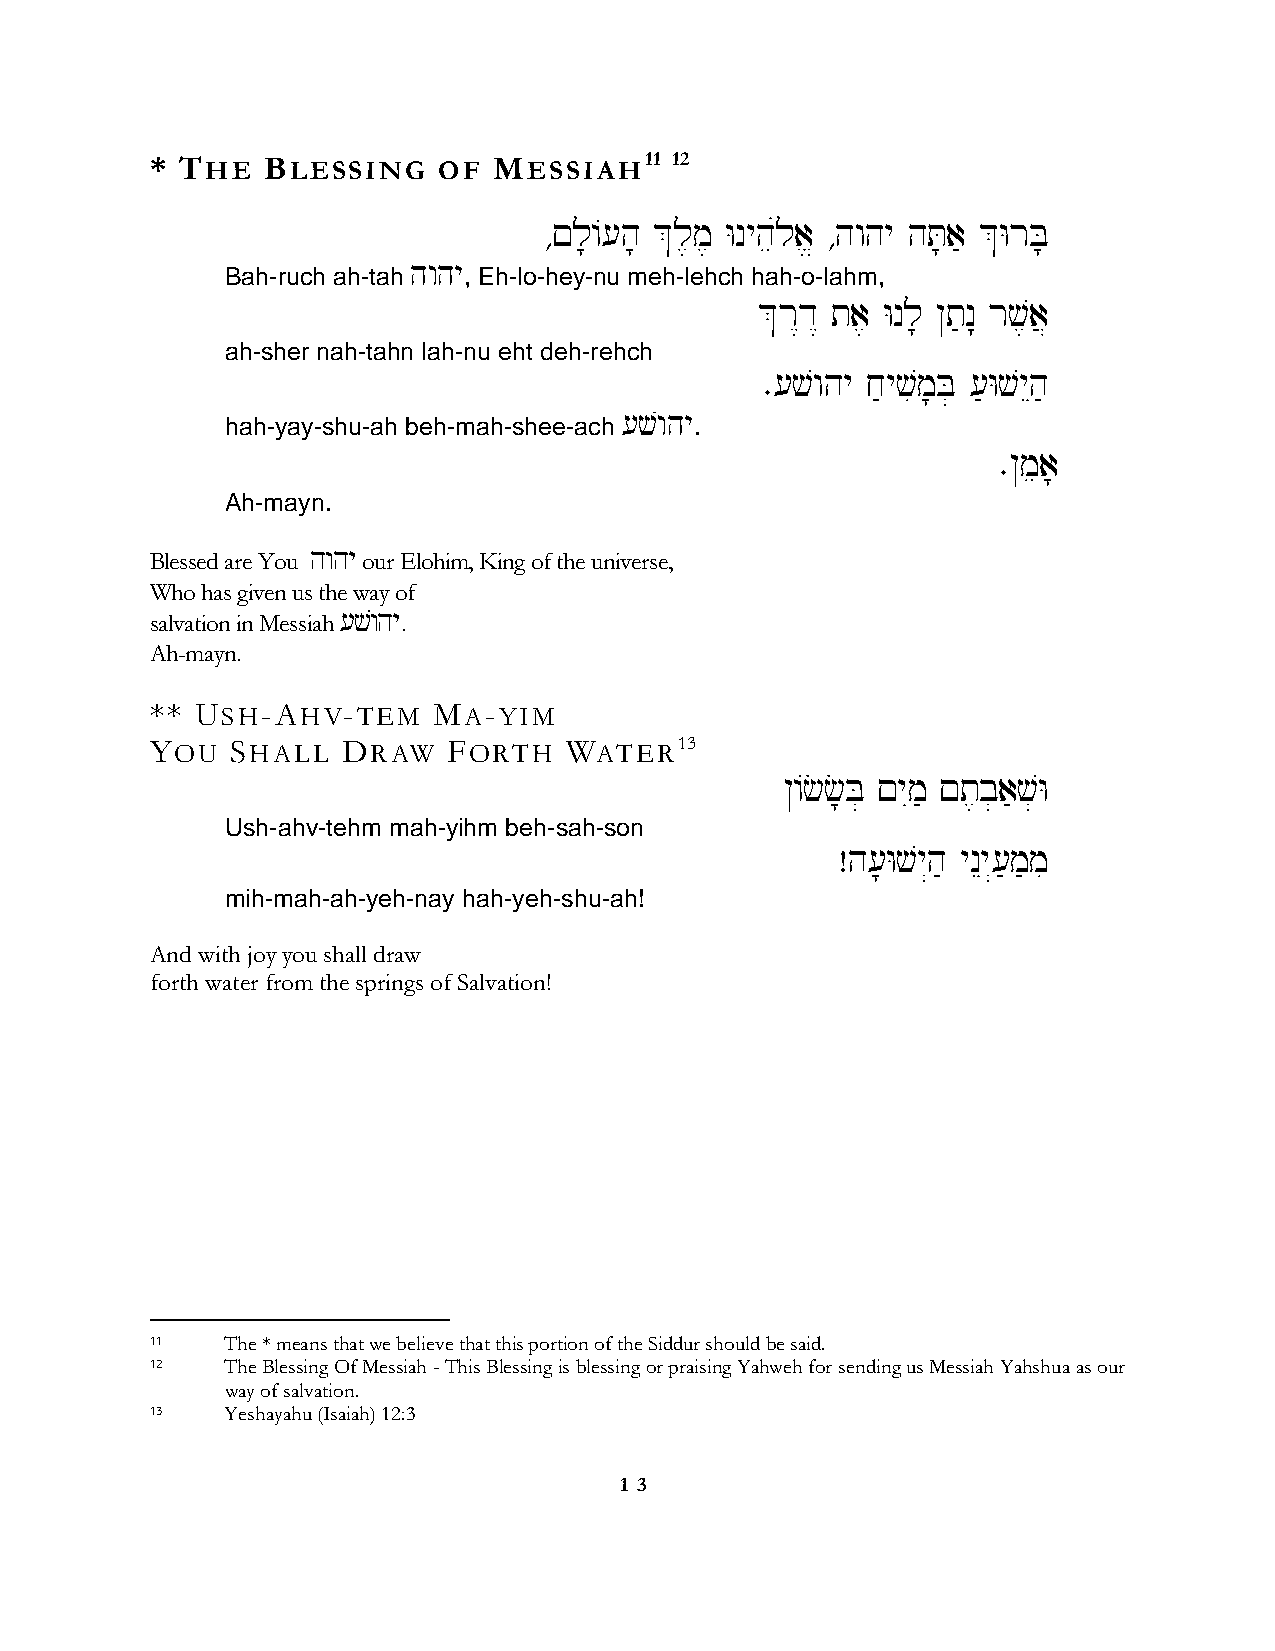
* THE  BLESSING    OF  MESSIAH11   12
 ∆!l;/[h; &l,m, Wnyheúla> ∆hwhy hT;a' &WrB;
 hwhy
 Bah-ruch ah-tah , Eh-lo-hey-nu meh-lehch hah-o-lahm,
 &r<d< ta, Wnl; @t'n: rv,a}
 ah-sher nah-tahn lah-nu eht deh-rehch
 ∑[vwhy j'yvim;B] ['WvyEh'
 [vwhy
 hah-yay-shu-ah beh-mah-shee-ach .
 ∑@mea;
 Ah-mayn.
 Blessed are You hwhy our Elohim, King of the universe,
 Who has given us the way of
 salvation in Messiah [vwhy.
 Ah-mayn.
 ** USH-AHV-TEM     MA-YIM
 YOU  SHALL   DRAW   FORTH  WATER13
 @/cc;B] !yIm' !t,b]a'v]W
 Ush-ahv-tehm mah-yihm beh-sah-son
 Âh[;Wvy“h' ynEy“['m'mi
 mih-mah-ah-yeh-nay hah-yeh-shu-ah!
 And with joy you shall draw
 forth water from the springs of Salvation!
 11   The * means that we believe that this portion of the Siddur should be said.
 12   The Blessing Of Messiah - This Blessing is blessing or praising Yahweh for sending us Messiah Yahshua as our
 way of salvation.
 13   Yeshayahu (Isaiah) 12:3
 1 3